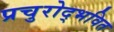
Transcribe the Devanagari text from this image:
प्रचुरोद्भवित